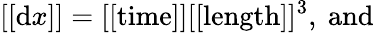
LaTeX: [[\mathrm{d}x]]=[[\mathrm{time}]][[\mathrm{length}]]^{3},\ \mathrm{and}